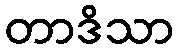
တာဒိသာ